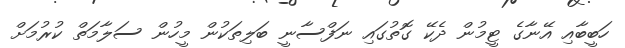
ހަބީބާއި އޭނާގެ ޓީމުން ދެކޭ ގޮތުގައި ނަފްސާނީ ބަލިތަކުން މީހުން ސަލާމަތް ކުރުމަށް